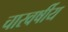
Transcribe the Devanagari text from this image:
चारवर्षीय